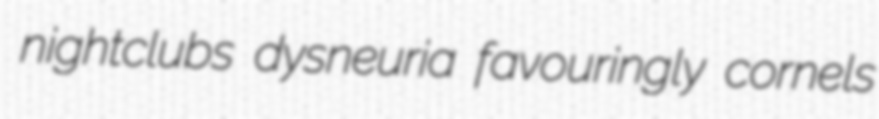
nightclubs dysneuria favouringly cornels